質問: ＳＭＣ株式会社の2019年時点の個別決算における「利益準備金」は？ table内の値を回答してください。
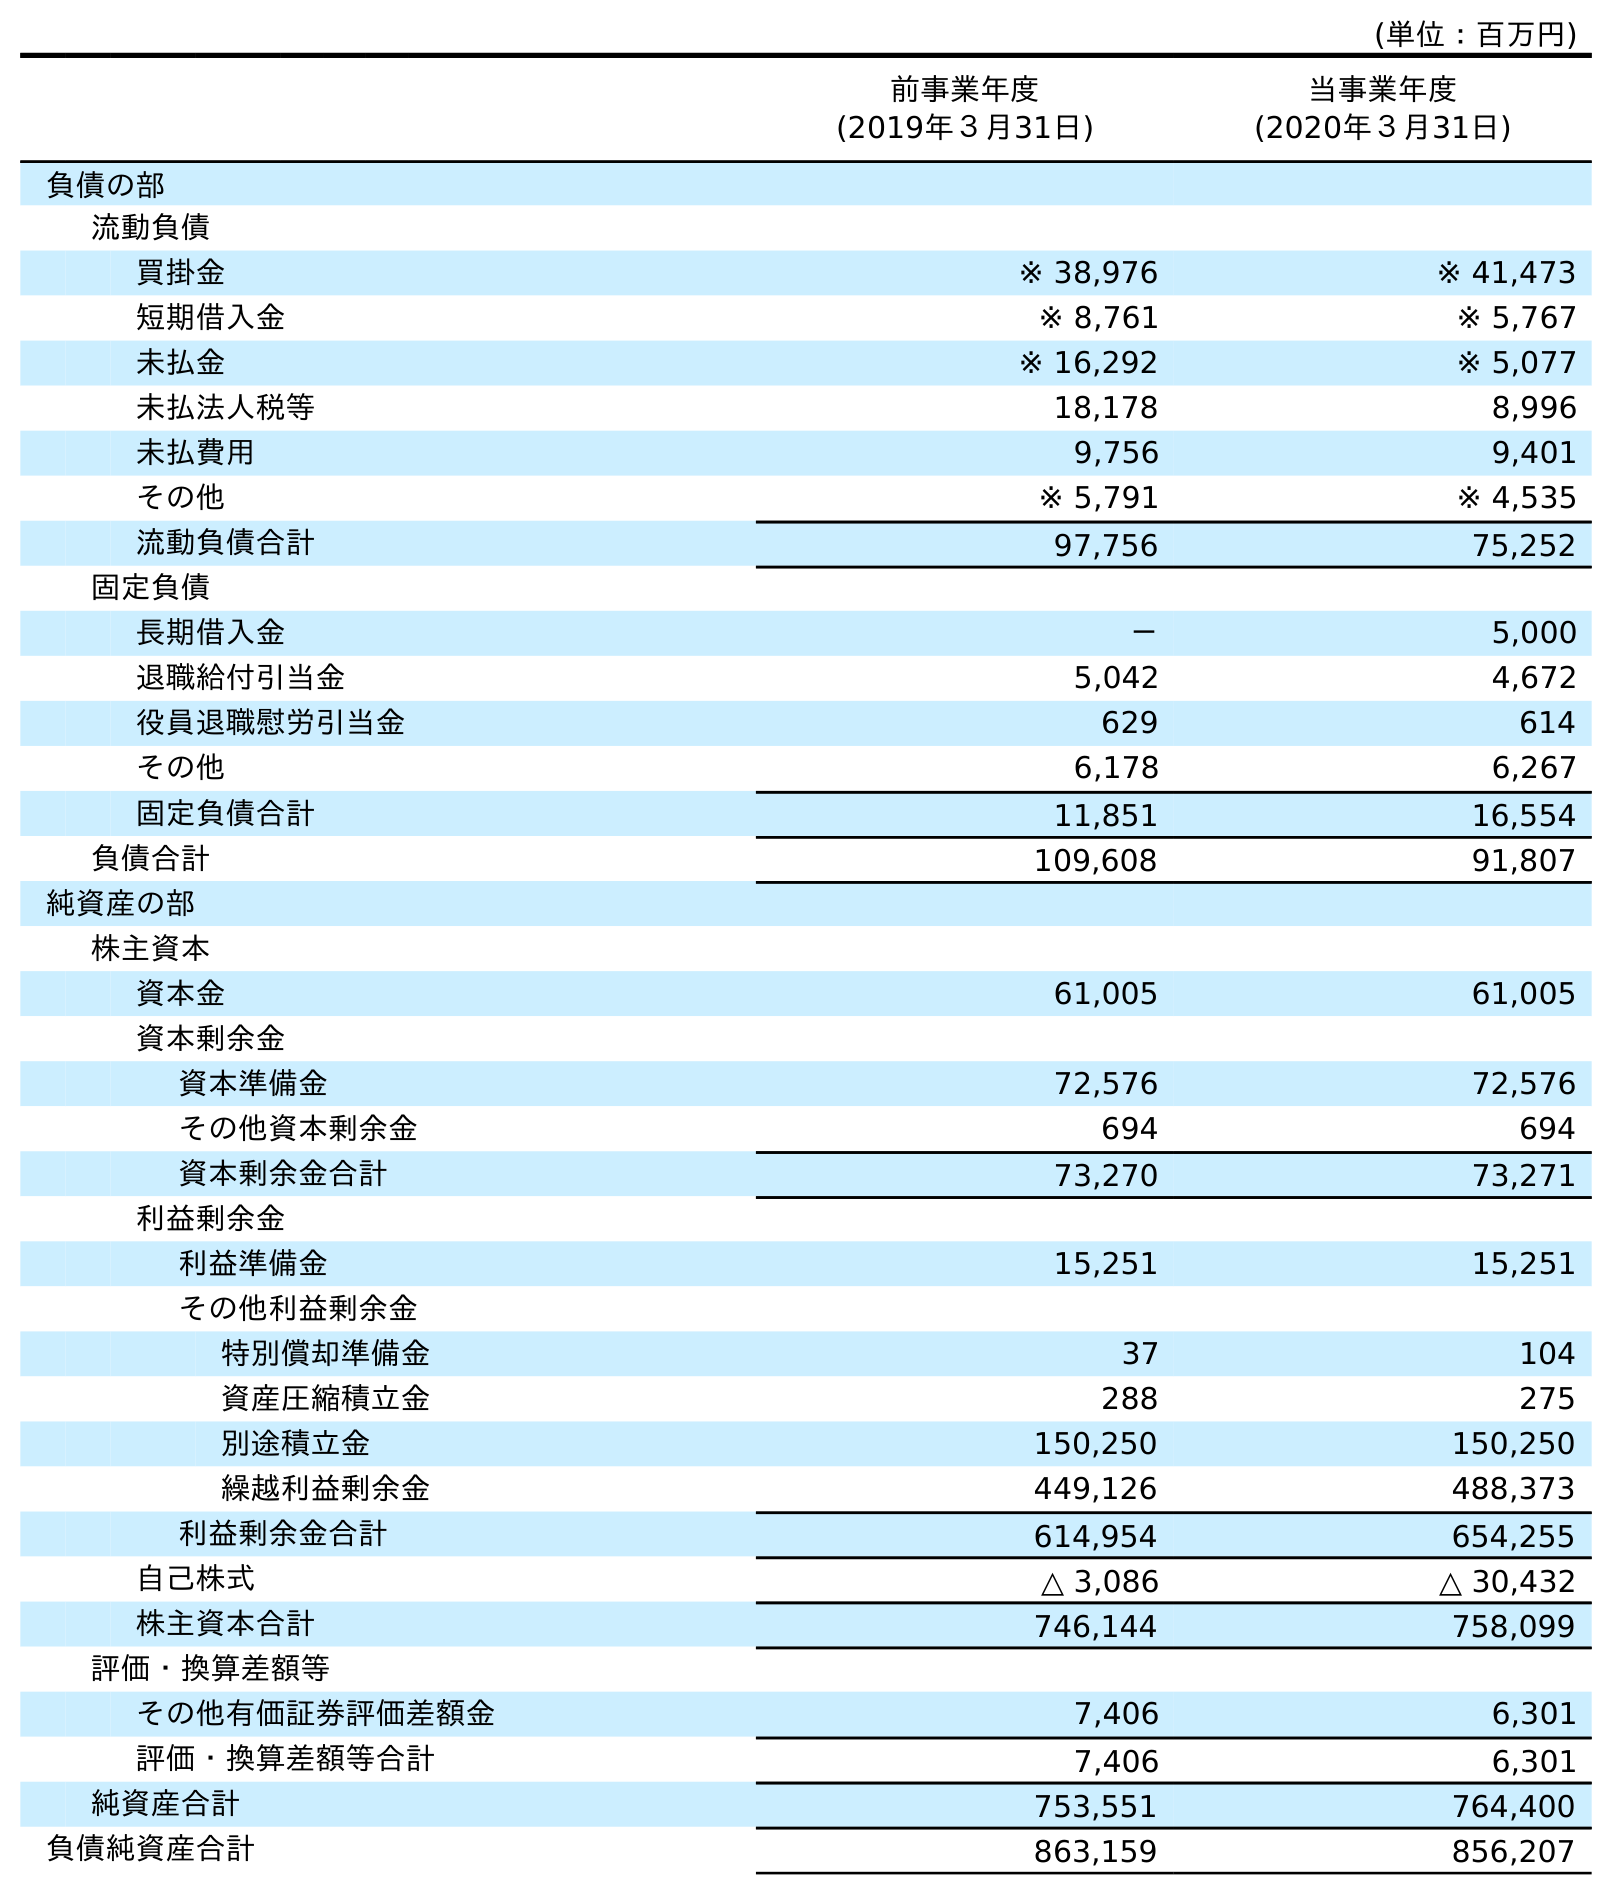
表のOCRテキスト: (単位：百万円) 前事業年度 (2019年３月31日) 当事業年度 (2020年３月31日) 負債の部 流動負債 買掛金 ※ 38,976 ※ 41,473 短期借入金 ※ 8,761 ※ 5,767 未払金 ※ 16,292 ※ 5,077 未払法人税等 18,178 8,996 未払費用 9,756 9,401 その他 ※ 5,791 ※ 4,535 流動負債合計 97,756 75,252 固定負債 長期借入金 － 5,000 退職給付引当金 5,042 4,672 役員退職慰労引当金 629 614 その他 6,178 6,267 固定負債合計 11,851 16,554 負債合計 109,608 91,807 純資産の部 株主資本 資本金 61,005 61,005 資本剰余金 資本準備金 72,576 72,576 その他資本剰余金 694 694 資本剰余金合計 73,270 73,271 利益剰余金 利益準備金 15,251 15,251 その他利益剰余金 特別償却準備金 37 104 資産圧縮積立金 288 275 別途積立金 150,250 150,250 繰越利益剰余金 449,126 488,373 利益剰余金合計 614,954 654,255 自己株式 △ 3,086 △ 30,432 株主資本合計 746,144 758,099 評価・換算差額等 その他有価証券評価差額金 7,406 6,301 評価・換算差額等合計 7,406 6,301 純資産合計 753,551 764,400 負債純資産合計 863,159 856,207
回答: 15,251